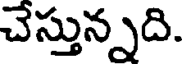
చేస్తున్నది.